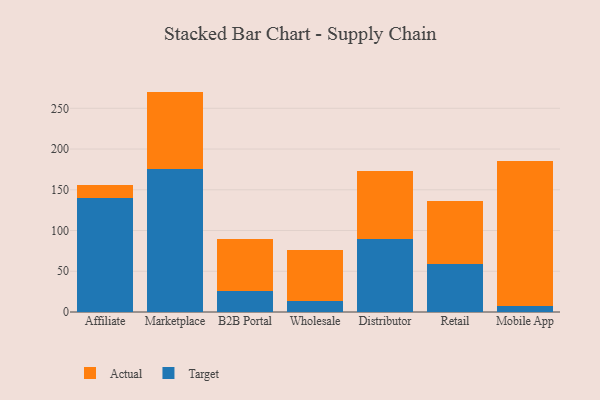
{"axis": {"x": "Channel", "y": "Tickets Resolved"}, "legend": ["Actual", "Target"], "data": [{"x": "Affiliate", "y": 139.6, "type": "Target"}, {"x": "Affiliate", "y": 16.5, "type": "Actual"}, {"x": "Marketplace", "y": 175.8, "type": "Target"}, {"x": "Marketplace", "y": 94.7, "type": "Actual"}, {"x": "B2B Portal", "y": 26.3, "type": "Target"}, {"x": "B2B Portal", "y": 63.4, "type": "Actual"}, {"x": "Wholesale", "y": 13.7, "type": "Target"}, {"x": "Wholesale", "y": 61.9, "type": "Actual"}, {"x": "Distributor", "y": 89.9, "type": "Target"}, {"x": "Distributor", "y": 82.9, "type": "Actual"}, {"x": "Retail", "y": 59.5, "type": "Target"}, {"x": "Retail", "y": 76.6, "type": "Actual"}, {"x": "Mobile App", "y": 7.8, "type": "Target"}, {"x": "Mobile App", "y": 177.0, "type": "Actual"}]}